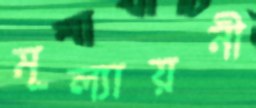
মূল্যায়নী